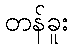
တန်ခူး